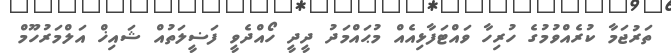
ތަރުޖަމާ ކުރެއްވުމުގެ ހުރިހާ ވައްޓަފާޅިއެއް މުޙައްމަދު ދީދީ ހޯއްދެވީ ފަޟީލަތުއް ޝައިޚް އަލްމަރުހޫމް